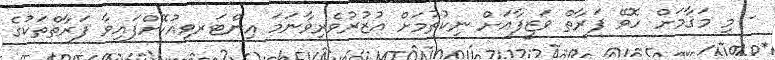
- މި މަޤާމަށް ހޮވޭ ފަރާތް ވަޒީފާއަށް ނިކުތުމަށް އުޒުރުވެރިވާނަމަ އިންޓަރވިއުކޮށްފައިވާ ފަރާތްތަކުގެ